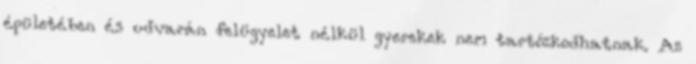
épületében és udvarán felügyelet nélkül gyerekek nem tartózkodhatnak. Az